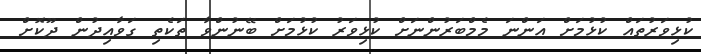
ކުޅިވަރުތައް ކުޅުމަށް އަންނަ މެމްބަރުންނަށް ކުޅިވަރު ކުޅުމަށް ބޭނުންވާ ތަކެތި ގަވާއިދުން ދޫކޮށް